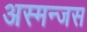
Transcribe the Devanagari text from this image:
अस्मन्जस